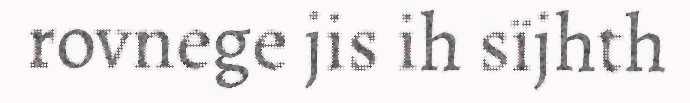
rovnege jis ih sïjhth